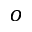
o